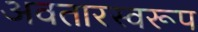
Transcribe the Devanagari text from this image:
अवतारस्वरूप